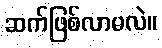
ဆက်ဖြစ်လာမလဲ။